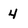
Character: 4